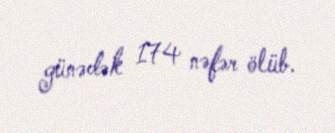
günədək 174 nəfər ölüb.